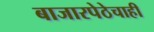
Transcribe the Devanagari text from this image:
बाजारपेठेचाही